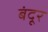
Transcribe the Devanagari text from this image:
बंदूर